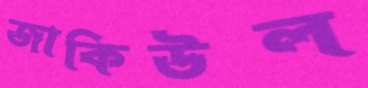
জাকিউল